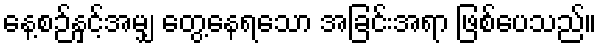
နေ့စဉ်နှင့်အမျှ တွေ့နေရသော အခြင်းအရာ ဖြစ်ပေသည်။